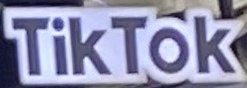
TikTOk